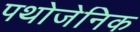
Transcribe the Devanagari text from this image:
पथोजेनिक